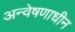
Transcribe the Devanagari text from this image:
अन्वेषणाधीन